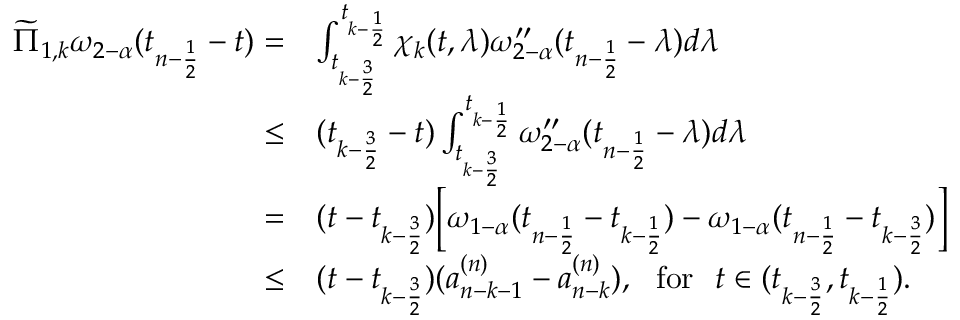
\begin{array} { r l } { \widetilde { \Pi } _ { 1 , k } \omega _ { 2 - \alpha } ( t _ { n - \frac { 1 } { 2 } } - t ) = } & { \int _ { t _ { k - \frac { 3 } { 2 } } } ^ { t _ { k - \frac { 1 } { 2 } } } \chi _ { k } ( t , \lambda ) \omega _ { 2 - \alpha } ^ { \prime \prime } ( t _ { n - \frac { 1 } { 2 } } - \lambda ) d \lambda } \\ { \le } & { ( t _ { k - \frac { 3 } { 2 } } - t ) \int _ { t _ { k - \frac { 3 } { 2 } } } ^ { t _ { k - \frac { 1 } { 2 } } } \omega _ { 2 - \alpha } ^ { \prime \prime } ( t _ { n - \frac { 1 } { 2 } } - \lambda ) d \lambda } \\ { = } & { ( t - t _ { k - \frac { 3 } { 2 } } ) \Big [ \omega _ { 1 - \alpha } ( t _ { n - \frac { 1 } { 2 } } - t _ { k - \frac { 1 } { 2 } } ) - \omega _ { 1 - \alpha } ( t _ { n - \frac { 1 } { 2 } } - t _ { k - \frac { 3 } { 2 } } ) \Big ] } \\ { \le } & { ( t - t _ { k - \frac { 3 } { 2 } } ) ( a _ { n - k - 1 } ^ { ( n ) } - a _ { n - k } ^ { ( n ) } ) , ~ ~ \mathrm { f o r } ~ ~ t \in ( t _ { k - \frac { 3 } { 2 } } , t _ { k - \frac { 1 } { 2 } } ) . } \end{array}